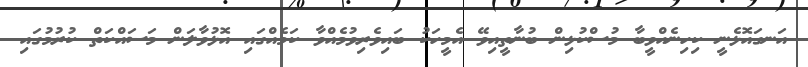
އަނގައޮޅެނީ ކިހިނެއްވީބާ މުސްކުޅިން ބުނާތީއިވޭ އެމީހަކު ބައިވެރިވުމެއްވާ ކަމެއްގައި އޮޅުވާލަން މަސައްކަތް ކުރުމުގައި